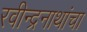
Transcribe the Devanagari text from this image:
रवीन्द्रनाथांचा